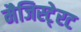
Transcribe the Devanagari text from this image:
मैजिस्टे्रट